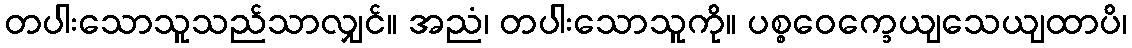
တပါးသောသူသည်သာလျှင်။ အညံ၊ တပါးသောသူကို။ ပစ္စဝေက္ခေယျသေယျထာပိ၊